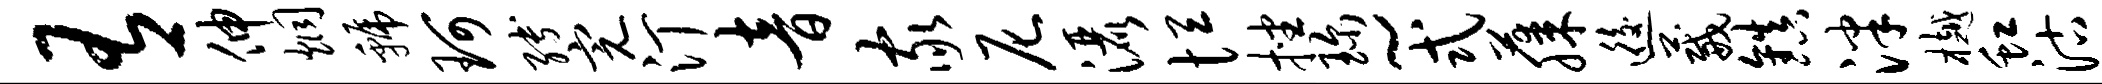
有伸炯虢珂缚完汀音家尼洒恒挫珍~式藤逅葳镇泮樾虹沽